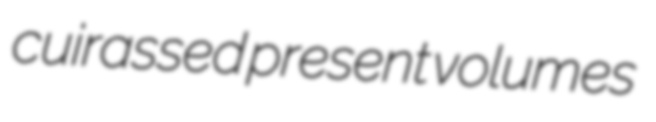
cuirassed present volumes